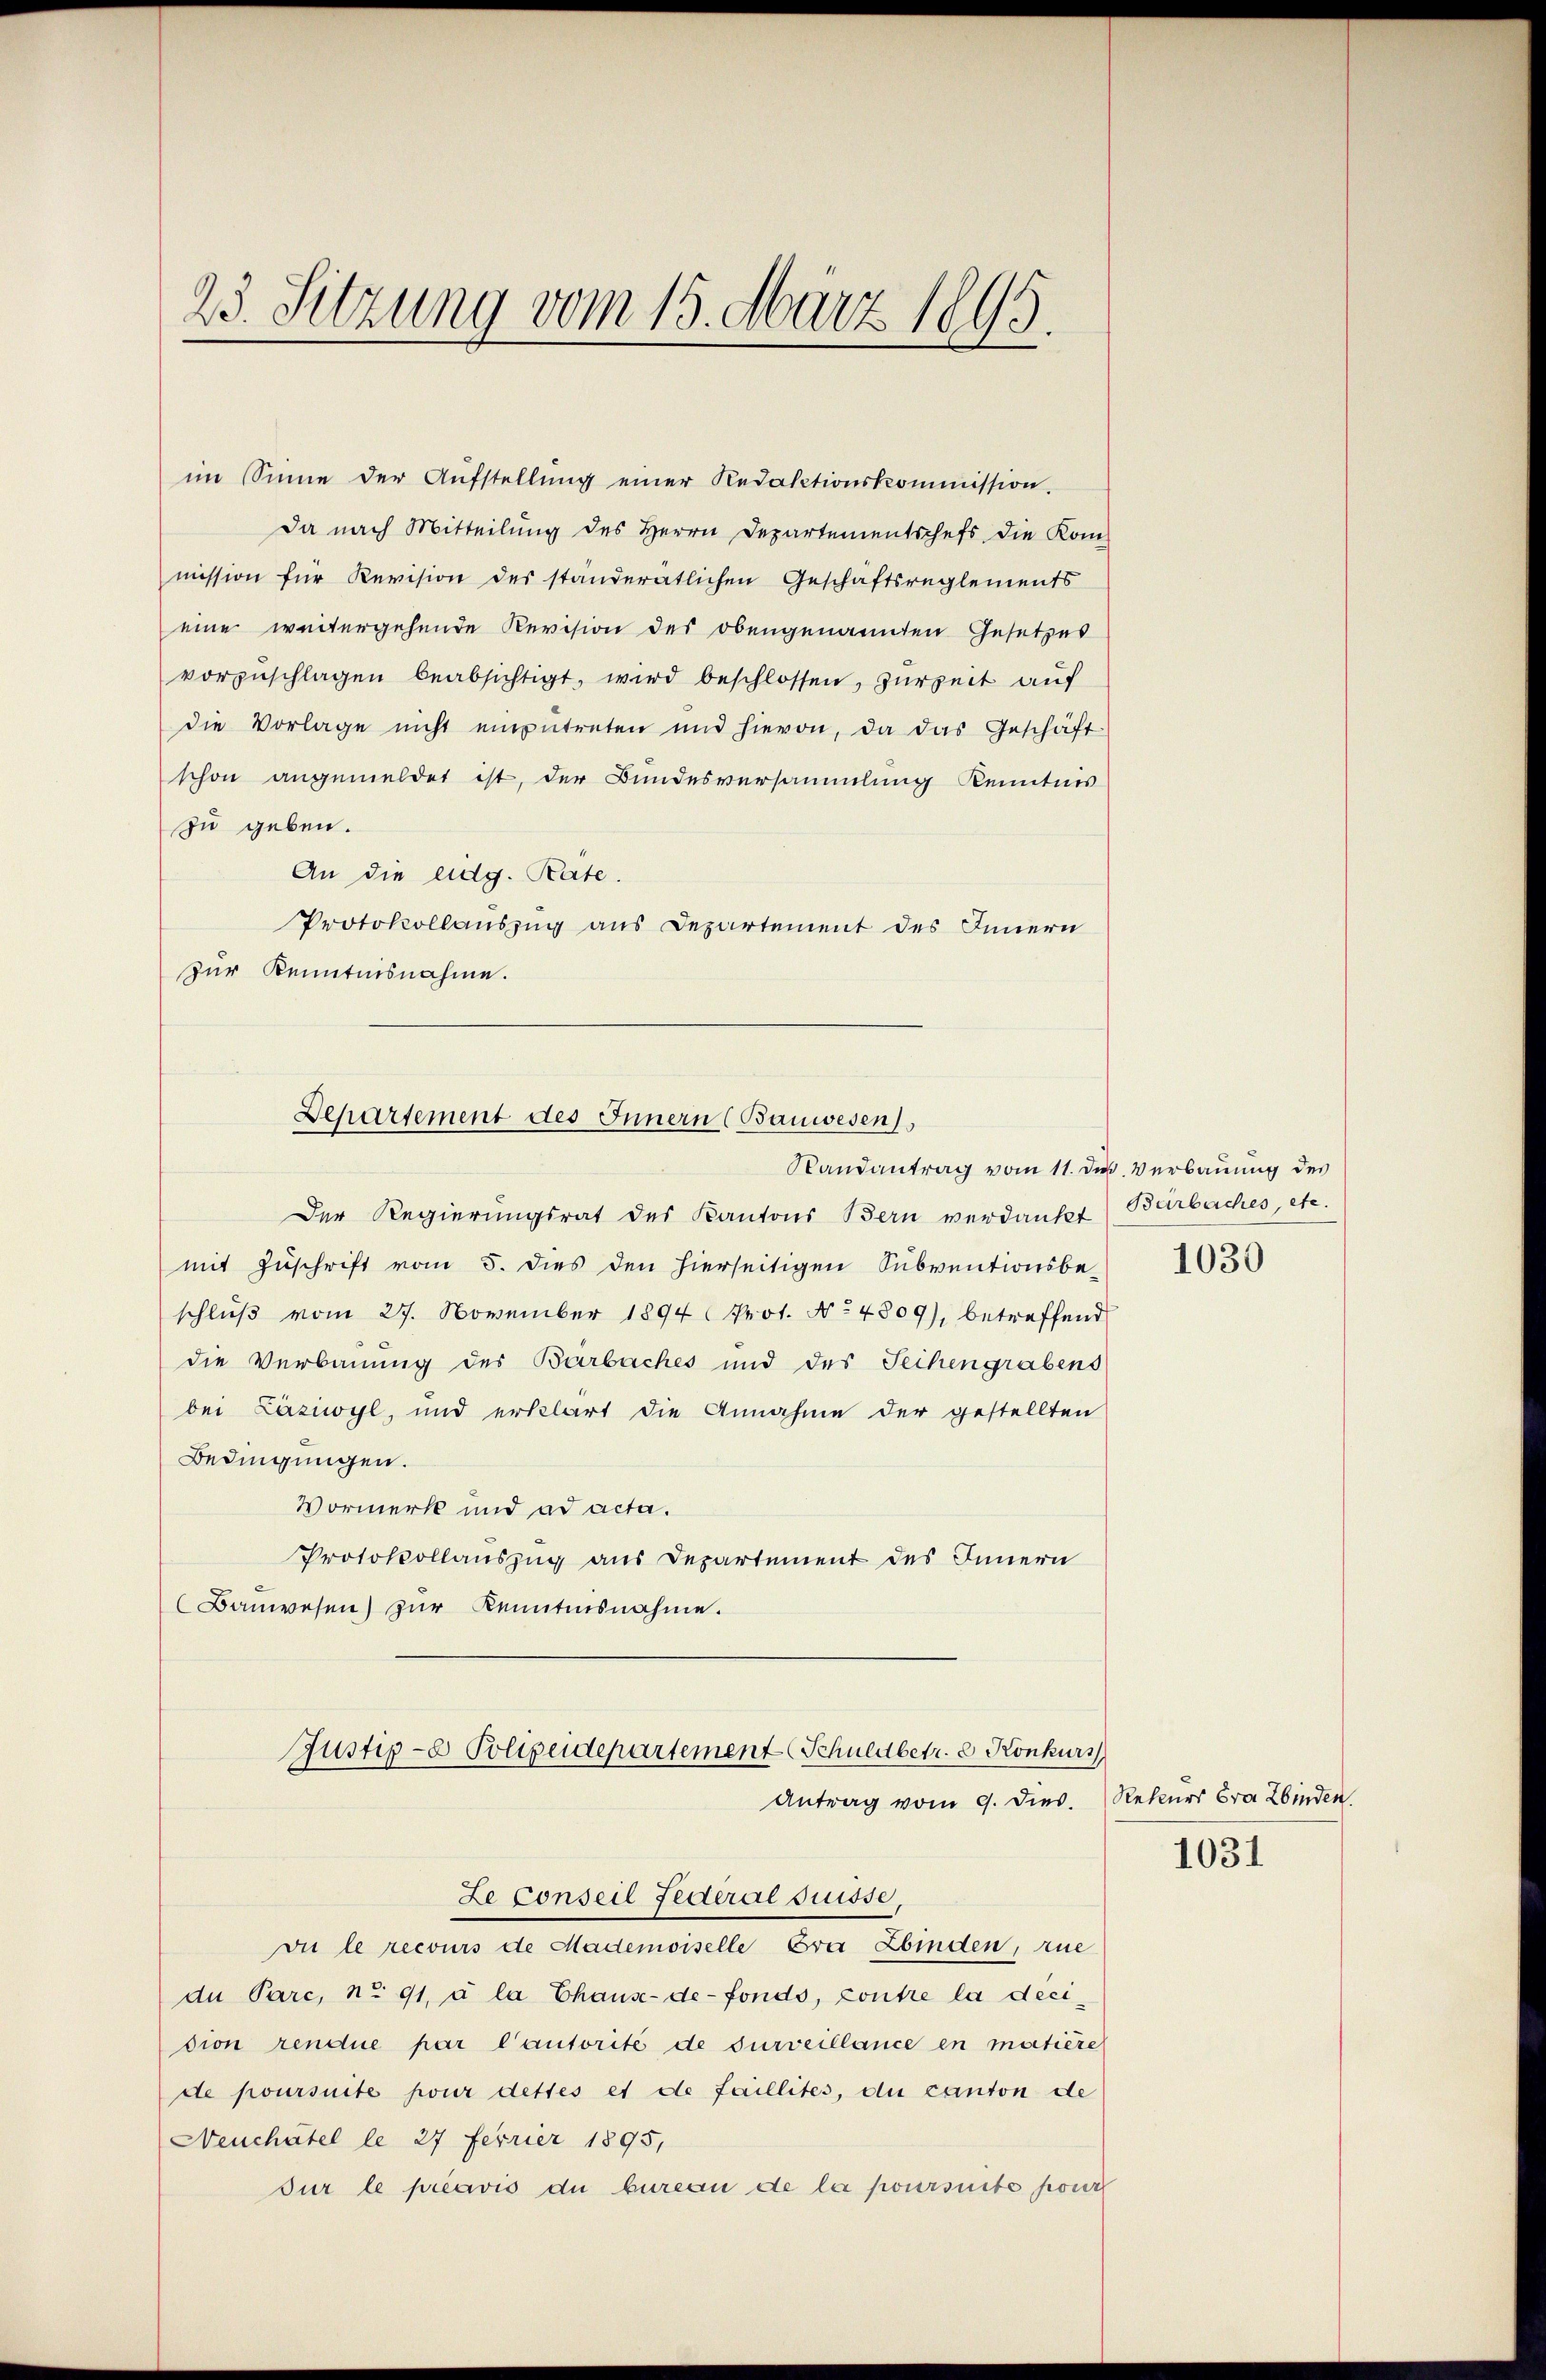
23. Sitzung vom 15. März 1895.

im Sinne der Aŭfstellŭng einer Redaktionskommission.
Da nach Mitteilung des Herrn Departementschefs die Kom-
mission für Revision des ständerätlichen Geschaftsreglements
eine weitergehende Revision der obengenannten Gesetzes
vorzŭschlagen beabsichtigt, wird beschlossen, zurzeit auf
die Vorlage nicht einzŭtreten und hievon, da das Geschäft
schon angemeldet ist, der Bundesversammlung Kenntnis
zu geben.
An die eidg. Rate.
Protokollauszug aus Departement des Innern
zur Kenntnisnahme.
Departement des Innern (Bauwesen
Randantrag vom 11. des Verbauung des
Der Regierungsrat des Kantons Bern verdankt Barbaches etc.
mit Zuschrift vom 5. dies den hierseitigen Subventionsbeschluß vom 27. November 1894 Prot. No 4809), betreffend
die Verbauung des Barbaches und des Sechengrabens
bei Läziwyl, und erklärt die Annahme der gestellten
Bedingungen.
Vormerk und ad acta.
Protokollauszug aus Departement des Innern
Baŭwesen) zŭr Kenntnisnahme.

Justiz- & Polizeidepartement Schuldbetr. 2 Konkurs
Antrag vom 9. dies. Rekurs Cra Zbinden.
Ze Conseil Federal Suisse,

vie le recours de Mademoiselle Eva Zbinden, zue
du Parc, nr 91, à la Chause-de-Fonds, contre la decision rendue par l’autorité de surveillance en matière
de poursuite pour dettes et de faillites, du canton de
Neuchâtel le 27 ferrier 1895,
sur le préavis du bureau de la poursuite pour

1030

1031